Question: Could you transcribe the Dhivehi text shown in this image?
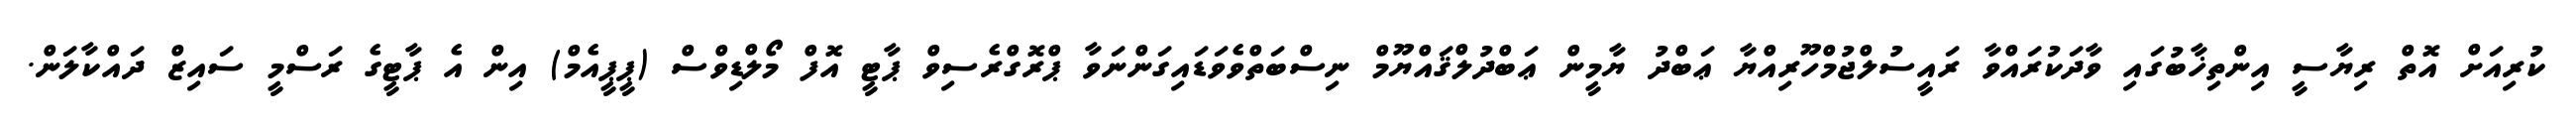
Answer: ކުރިއަށް އޮތް ރިޔާސީ އިންތިޚާބުގައި ވާދަކުރައްވާ ރައީސުލްޖުމްހޫރިއްޔާ ޢަބްދު ޔާމީން ޢަބްދުލްޤައްޔޫމް ނިސްބަތްވެވަޑައިގަންނަވާ ޕްރޮގްރެސިވް ޕާޓީ އޮފް މޯލްޑިވްސް (ޕީޕީއެމް) އިން އެ ޕާޓީގެ ރަސްމީ ސައިޒް ދައްކާލަން.